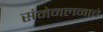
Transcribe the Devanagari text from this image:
संमेनलनाचे